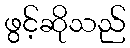
ဖွင့်ဆိုသည်